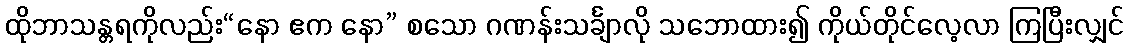
ထိုဘာသန္တရကိုလည်း“နော ဧက နော” စသော ဂဏန်းသင်္ချာလို သဘောထား၍ ကိုယ်တိုင်လေ့လာ ကြပြီးလျှင်